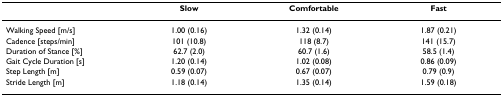
<table><thead><tr><td></td><td><b>Slow</b></td><td><b>Comfortable</b></td><td><b>Fast</b></td></tr></thead><tbody><tr><td>Walking Speed [m/s]</td><td>1.00 (0.16)</td><td>1.32 (0.14)</td><td>1.87 (0.21)</td></tr><tr><td>Cadence [steps/min]</td><td>101 (10.8)</td><td>118 (8.7)</td><td>141 (15.7)</td></tr><tr><td>Duration of Stance [%]</td><td>62.7 (2.0)</td><td>60.7 (1.6)</td><td>58.5 (1.4)</td></tr><tr><td>Gait Cycle Duration [s]</td><td>1.20 (0.14)</td><td>1.02 (0.08)</td><td>0.86 (0.09)</td></tr><tr><td>Step Length [m]</td><td>0.59 (0.07)</td><td>0.67 (0.07)</td><td>0.79 (0.9)</td></tr><tr><td>Stride Length [m]</td><td>1.18 (0.14)</td><td>1.35 (0.14)</td><td>1.59 (0.18)</td></tr></tbody></table>